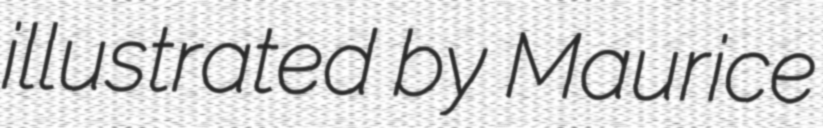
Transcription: illustrated by Maurice